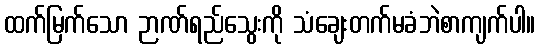
ထက်မြက်သော ဉာဏ်ရည်သွေးကို သံချေးတက်မခံဘဲစာကျက်ပါ။